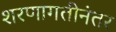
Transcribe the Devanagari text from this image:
शरणागतीनंतर